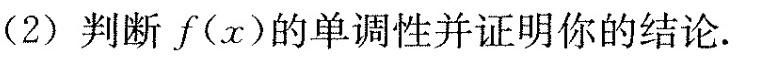
(2)判断f(x)的单调性并证明你的结论.